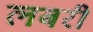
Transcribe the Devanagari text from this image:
लबरी